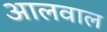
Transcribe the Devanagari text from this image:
आलवाल